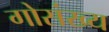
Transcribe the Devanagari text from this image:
गोसंख्य